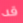
قد